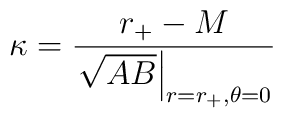
\kappa = {r_{+}-M\over\left.\sqrt{AB}\right|_{r=r_{+},\theta=0}}